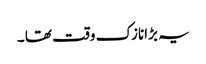
یہ بڑانازک وقت تھا ۔